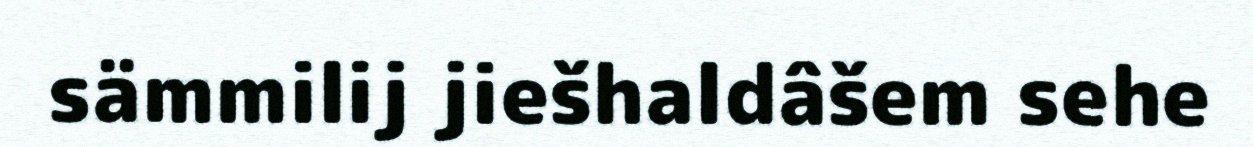
sämmilij jiešhaldâšem sehe